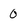
Character: 0